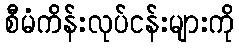
စီမံကိန်းလုပ်ငန်းများကို